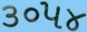
૩૦૫૪